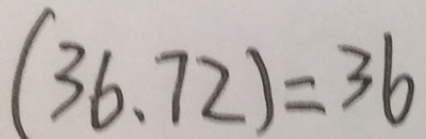
( 3 6 、 7 2 ) = 3 6